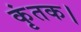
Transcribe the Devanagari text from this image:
कृंतक।